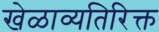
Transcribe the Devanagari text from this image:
खेळाव्यतिरिक्त